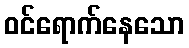
ဝင်ရောက်နေသော